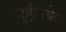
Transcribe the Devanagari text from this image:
गुईरिके